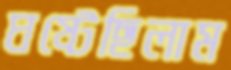
ঘষ্‌টেছিলাম